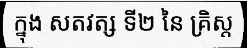
ក្នុង សតវត្ស ទី២ នៃ គ្រិស្ត